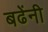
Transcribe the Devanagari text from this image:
बढेंनी